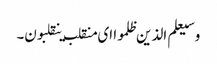
وسیعلم الذین ظلموا ای منقلب ینقلبون۔